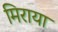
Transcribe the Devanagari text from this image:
मिराया